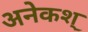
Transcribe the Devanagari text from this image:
अनेकश्